Lunatic asylums Bombay report 1891-1903 - 1891-1903
Year: 1891
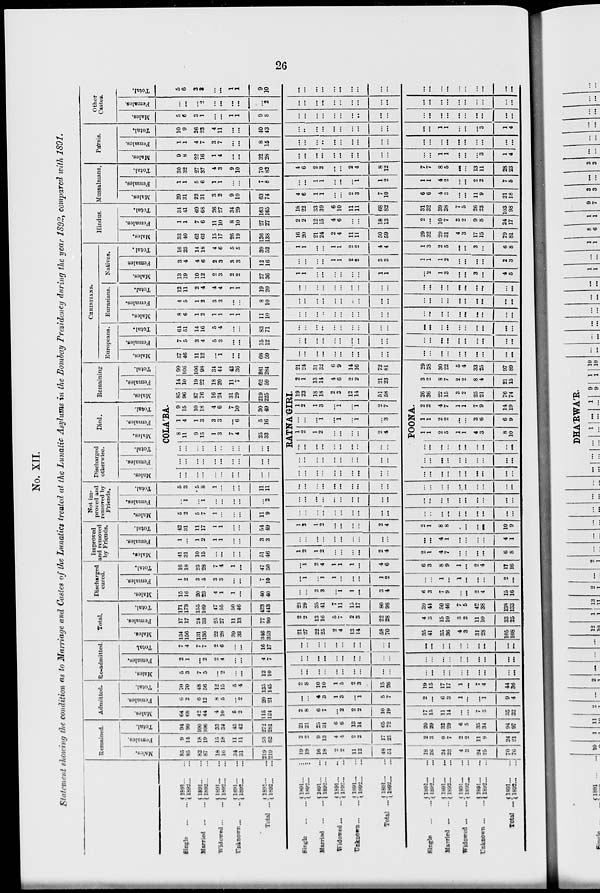
26
No. XII.
Statement showing the condition as to Marriage and Castes of the Lunatics treated at the Lunatic Asylums in the Bombay Presidency during the year 1892, compared with 1891.
Single
...
Married ...
Widowed...
Unknown ...
Total ...
1891...
...
1892... ...
1891... ...
1892... ...
1891... ...
1892 ... ...
1891... ...
1892 ... ...
1891... ...
1892 ... ...
Single ... ...
Married ... ...
Widowed ... ...
Unknown ... ...
Total ...
1891 ... ...
1892 ... ...
1891 ... ...
1892 ... ...
1891 ... ...
1892 ... ...
1891 ... ...
1892 ... ...
1891 ... ...
1892 ... ...
Single ... ...
Married ... ...
Widowed ... ...
Unknown ... ...
Total ...
1891... ...
1892... ...
1891... ...
1892... ...
1891... ...
1892... ...
1891... ...
1892... ...
1891... ...
1892... ...
Remained.
Males.
85
85
82
87
18
16
34
31
219
219
19
19
16
18
2
2
11
12
48
51
18
26
24
22
4
3
24
25
70
76
Females.
9
14
18
19
15
18
11
11
53
62
2
2
9
13
4
4
2
2
17
21
2
3
9
7
2
2
11
9
24
21
Total.
94
99
100
106
33
34
45
42
272
281
21
21
25
31
6
6
13
14
65
72
20
29
33
29
6
5
35
34
94
97
Admitted.
Males.
64
68
42
44
4
10
5
2
115
124
2
8
6
7
...
2
2
2
10
19
17
15
11
14
...
...
7
3
35
32
Females.
6
2
6
12
8
5
...
2
20
21
...
...
4
3
1
3
...
1
5
7
2
...
6
3
1
...
...
1
9
4
Total.
70
70
48
56
12
15
5
4
135
145
2
8
10
10
1
5
2
3
15
26
19
15
17
17
1
...
7
4
44
36
Re-admitted.
Males.
5
3
7
5
...
2
...
...
12
10
...
...
...
...
...
...
...
...
...
...
...
...
...
...
...
...
...
...
...
...
Females.
2
1
...
2
2
4
...
...
4
7
...
...
...
...
...
...
...
...
...
...
...
...
...
...
...
...
...
...
...
...
Total.
7
4
7
7
2
6
...
...
16
17
...
...
...
...
...
...
...
...
...
...
...
...
...
...
...
...
...
...
...
...
Total.
Males.
154
156
131
136
22
28
39
33
346
353
21
27
22
25
2
4
13
14
58
70
35
41
35
36
4
3
31
28
105
108
Females.
17
17
24
33
25
27
11
13
77
90
2
2
13
16
5
7
2
3
22
28
4
3
15
10
3
2
11
10
33
25
Total.
171
173
155
169
47
55
50
46
423
443
23
29
35
41
7
11
15
17
80
98
39
44
50
46
7
5
42
38
138
133
Discharged
cured.
Males.
15
16
20
23
4
1
1
...
40
40
...
...
2
3
...
1
1
...
3
4
6
3
7
9
...
...
2
4
15
16
Females.
1
2
3
5
3
3
...
...
7
10
...
1
...
1
1
...
...
...
1
2
...
...
1
...
1
...
...
...
2
...
Total.
16
18
23
28
7
4
1
...
47
50
...
1
2
4
1
1
1
...
4
6
6
3
8
9
1
...
2
4
17
16
Improved
and removed
by Friends.
Males.
41
31
10
15
...
...
...
...
51
46
1
2
1
2
...
...
...
...
2
4
2
1
4
7
...
...
...
...
6
8
Females.
1
...
1
2
1
1
...
...
3
3
...
...
...
...
...
...
...
...
...
...
...
...
4
1
...
...
...
...
4
1
Total.
42
31
11
17
1
1
...
...
54
49
1
2
1
2
...
...
...
...
2
4
2
1
8
8
...
...
...
...
10
9
Not im-
proved and
removed by
Friends.
Males.
5
2
5
7
1
...
...
...
11
9
...
...
...
...
...
...
...
...
...
...
...
..
...
...
...
...
...
...
...
...
Females.
...
1
...
1
...
...
...
...
...
2
...
...
...
...
...
...
...
...
...
...
...
...
...
...
...
...
...
...
...
...
Total.
5
3
5
8
1
...
...
...
11
11
...
...
...
...
...
...
...
...
...
...
...
...
...
...
...
...
...
...
...
...
Discharged
otherwise.
Males.
Females.
Total.
Died.
Males.
Females.
Total.
Remaining
Males.
Females.
Total.
COLA'BA.
...
...
...
...
...
...
...
...
...
...
...
...
...
...
...
...
...
...
...
...
....
...
...
...
...
..
...
...
...
...
8
11
9
15
1
3
7
4
25
33
1
4
1
3
3
3
...
6
5
16
9
15
10
18
4
6
7
10
30
49
85
96
87
76
16
24
31
29
219
225
14
10
19
22
18
20
11
7
62
59
99
106
106
98
34
44
42
36
281
284
RATNA'GIRI.
...
...
...
...
...
...
...
...
...
...
...
...
...
...
...
...
...
...
...
...
...
...
...
...
...
...
...
...
...
...
1
2
1
2
...
...
...
...
2
4
...
...
...
1
...
1
...
1
...
3
1
2
1
3
...
1
...
1
2
7
19
23
18
18
2
3
12
14
51
58
2
1
13
14
4
6
2
2
21
23
21
24
31
32
6
9
14
16
72
81
POON..
...
...
...
...
...
...
...
...
...
...
...
...
...
...
...
...
...
...
...
...
...
...
...
...
...
...
...
...
...
...
1
1
2
5
1
1
4
3
8
10
1
1
2
2
...
...
3
6
6
9
2
2
4
7
1
1
7
9
14
19
26
36
22
15
3
2
25
21
76
74
3
2
8
7
2
2
8
4
21
15
29
38
30
22
5
4
33
25
97
89
CHRISTIANS.
Europeans.
Males.
57
46
11
12
...
1
...
...
68
59
...
...
...
...
...
...
...
...
...
...
...
...
...
...
...
...
...
...
...
...
Females.
7
5
3
4
5
3
...
...
15
12
...
...
...
...
...
...
...
...
...
...
...
...
...
...
...
...
...
...
...
...
Total.
64
51
14
16
5
4
...
...
83
71
...
...
...
...
...
...
...
...
...
...
...
...
...
...
...
...
...
...
...
...
Eurasians.
Males.
8
6
1
2
1
1
1
1
11
10
...
...
...
...
...
...
...
...
...
...
...
...
...
...
...
...
...
...
...
...
Females.
4
5
1
2
3
3
...
...
8
10
...
...
...
...
...
...
...
...
...
...
...
...
...
...
...
...
...
...
...
...
Total.
12
11
2
4
4
4
1
1
19
20
...
...
...
...
...
...
...
...
...
...
...
...
...
...
...
...
...
...
...
...
Natives.
Males.
13
19
10
12
2
3
2
2
27
36
1
1
...
...
...
...
...
...
1
1
...
2
1
3
...
...
3
...
4
5
Females.
3
4
4
6
2
3
3
3
12
16
...
...
...
...
1
1
2
2
3
3
1
1
1
2
...
...
...
...
2
3
Total.
16
23
14
18
4
6
5
5
39
52
1
1
...
...
1
1
2
2
4
4
1
3
2
5
...
...
3
...
6
8
Hindus.
Males.
33
40
62
62
15
17
26
19
136
138
16
20
21
24
2
4
11
11
50
59
29
32
29
31
4
3
17
15
79
81
Females.
1
1
7
6
11
10
8
10
27
27
2
2
12
15
4
6
...
...
18
13
2
...
10
7
3
2
9
8
24
17
Total.
34
41
69
68
26
27
34
29
163
165
18
22
33
39
6
10
11
11
68
82
31
32
39
38
7
5
26
23
103
98
Mussalmans.
Males.
29
31
22
31
3
2
9
10
63
74
4
6
1
1
...
...
2
3
7
10
6
6
4
3
...
...
11
9
21
18
Females.
1
1
5
6
1
1
...
...
7
8
...
...
1
1
...
...
...
1
...
2
1
1
4
2
...
...
2
2
7
5
Total.
30
32
27
37
4
3
9
10
70
82
4
6
2
2
...
...
2
4
8
12
7
7
8
5
...
...
13
11
28
23
Pársis.
Males.
9
8
22
16
1
4
...
...
32
28
...
...
...
...
...
...
...
...
...
...
...
...
1
1
...
...
...
3
1
4
Females.
1
1
4
7
3
7
...
...
8
15
...
...
...
...
...
...
...
...
...
...
...
...
...
...
...
...
...
...
...
...
Total.
10
9
26
23
4
11
...
...
40
43
...
...
...
...
...
...
...
...
...
...
...
...
1
1
...
...
...
3
1
4
Other
Castes.
Males.
5
6
3
1
...
...
1
1
9
8
...
...
...
...
...
...
...
...
...
...
...
...
...
...
...
...
...
...
...
...
Females.
...
...
...
2
...
...
...
...
...
2
...
...
...
...
...
...
...
...
...
...
...
...
...
...
...
...
...
...
...
...
Total.
5
6
3
3
...
...
1
1
9
10
...
...
...
...
...
...
...
...
...
...
...
...
...
...
...
...
...
...
...
...